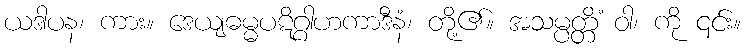
ယဒါပန၊ ကား။ ဒေယျဓမ္မပဋိဂ္ဂါဟကာဒီနံ၊ တို့၏။ အသမ္ပတ္တိံ ဝါ၊ ကို ၎င်း။